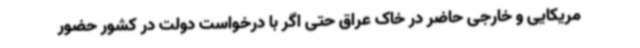
مریکایی و خارجی حاضر در خاک عراق حتی اگر با درخواست دولت در کشور حضور